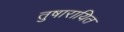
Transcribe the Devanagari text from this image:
तुषारायित